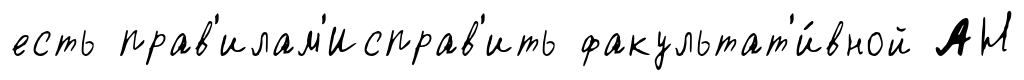
есть прав'илам'Исправ'ить факультат'и́вной АН